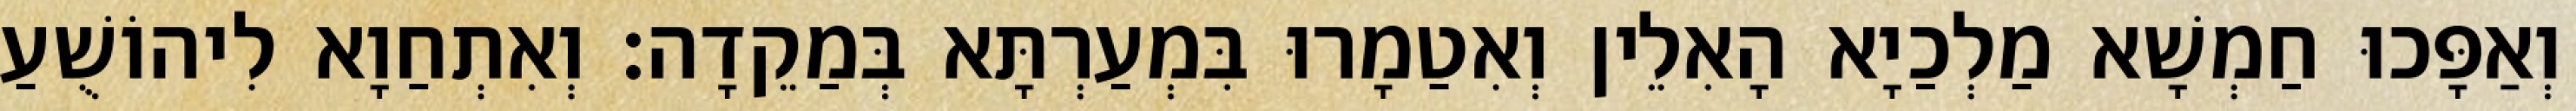
וְאַפָּכוּ חַמְשָׁא מַלְכַיָא הָאִלֵין וְאִטַמָרוּ בִּמְעַרְתָּא בְּמַקֵדָה׃ וְאִתְחַוָא לִיהוֹשֻׁעַ